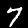
Label: 7